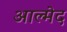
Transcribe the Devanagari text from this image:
आल्मेद